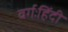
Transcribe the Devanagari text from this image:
वर्गःहिंदी